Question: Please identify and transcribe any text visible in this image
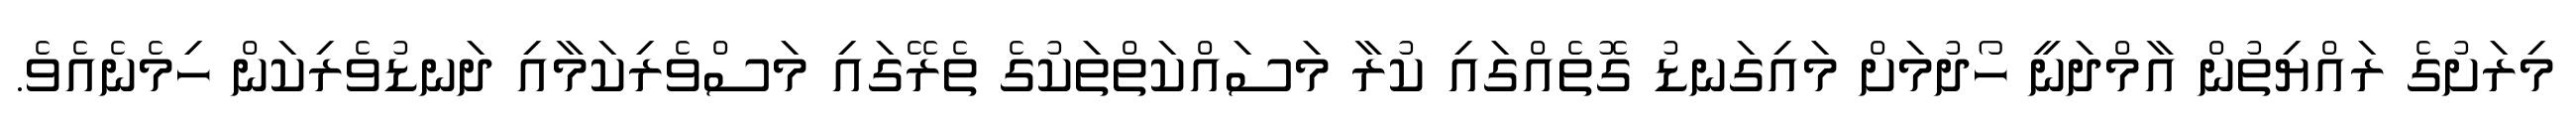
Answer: މިރަށުގެ ރައްޔިތުން އާމްދަނީ ހޯދުމަށް މައިގަނޑު ގޮތެއްގައި ކުރާ މަސައްކަތްތަކުގެ ތެރޭގައި މަސްވެރިކަމާއި ދަނޑުވެރިކަން ހިމެނެއެވެ.